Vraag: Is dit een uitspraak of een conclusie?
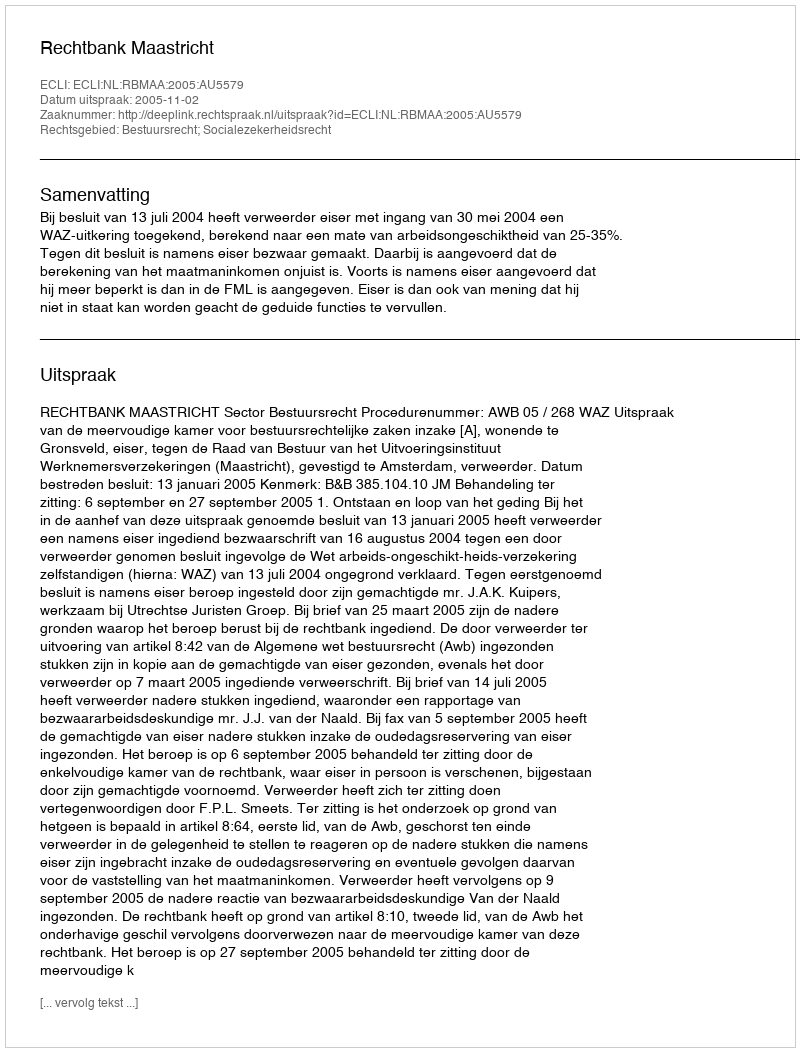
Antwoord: Uitspraak